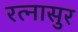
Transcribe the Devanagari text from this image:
रत्‍नासुर